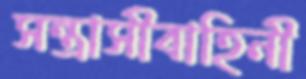
সন্ত্রাসীবাহিনী